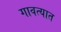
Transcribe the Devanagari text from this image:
गावत्यात